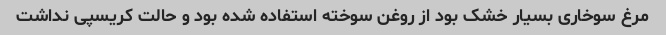
مرغ سوخاری بسیار خشک بود از روغن سوخته استفاده شده بود و حالت کریسپی نداشت